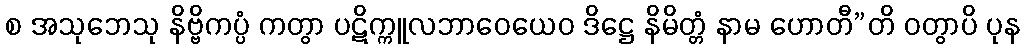
စ အသုဘေသု နိဗ္ဗိကပ္ပံ ကတွာ ပဋိက္ကူလဘာဝေယေဝ ဒိဋ္ဌေ နိမိတ္တံ နာမ ဟောတီ”တိ ဝတွာပိ ပုန